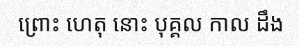
ព្រោះ ហេតុ នោះ បុគ្គល កាល ដឹង